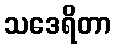
သဒေရိတာ